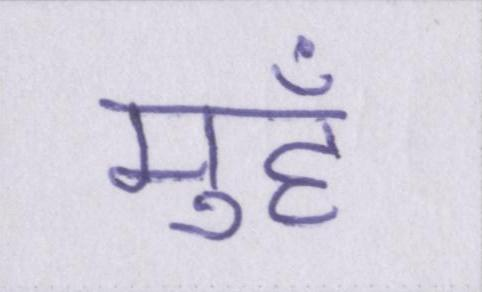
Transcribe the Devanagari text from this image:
मुहँ